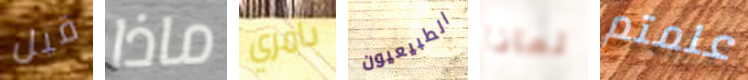
قبل ماذا بأمري الطبيعيون لماذا علمتم